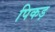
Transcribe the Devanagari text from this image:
पिकड़